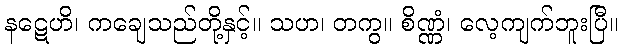
နဋေဟိ၊ ကချေသည်တို့နှင့်။ သဟ၊ တကွ။ စိဏ္ဏံ၊ လေ့ကျက်ဘူးပြီ။